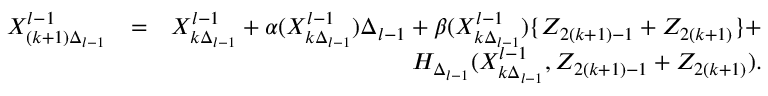
\begin{array} { r l r } { X _ { ( k + 1 ) \Delta _ { l - 1 } } ^ { l - 1 } } & { = } & { X _ { k \Delta _ { l - 1 } } ^ { l - 1 } + \alpha ( X _ { k \Delta _ { l - 1 } } ^ { l - 1 } ) \Delta _ { l - 1 } + \beta ( X _ { k \Delta _ { l - 1 } } ^ { l - 1 } ) \{ Z _ { 2 ( k + 1 ) - 1 } + Z _ { 2 ( k + 1 ) } \} + } \\ & { } & { H _ { \Delta _ { l - 1 } } ( X _ { k \Delta _ { l - 1 } } ^ { l - 1 } , Z _ { 2 ( k + 1 ) - 1 } + Z _ { 2 ( k + 1 ) } ) . } \end{array}